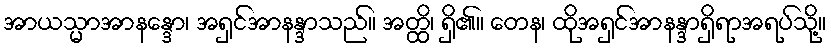
အာယသ္မာအာနန္ဒော၊ အရှင်အာနန္ဒာသည်။ အတ္ထိ၊ ရှိ၏။ တေန၊ ထိုအရှင်အာနန္ဒာရှိရာအရပ်သို့။